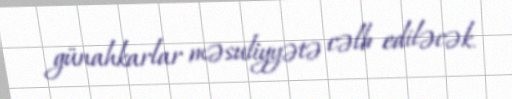
günahkarlar məsuliyyətə cəlb ediləcək.